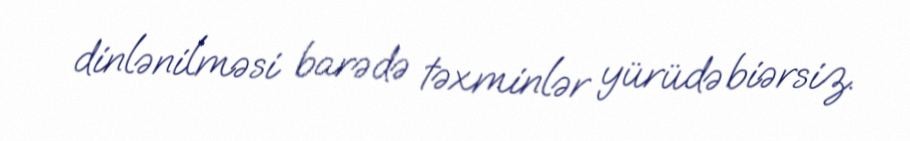
dinlənilməsi barədə təxminlər yürüdə biərsiz.